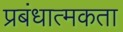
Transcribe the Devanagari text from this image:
प्रबंधात्मकता